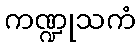
ကဏ္ဍုသကံ